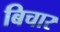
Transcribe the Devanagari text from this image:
बिचार